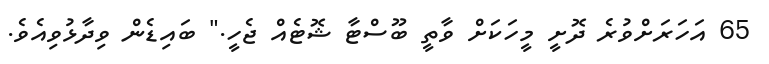
65 އަހަރަށްވުރެ ދޮށީ މީހަކަށް ވާތީ ބޫސްޓާ ޝޮޓެއް ޖެހީ." ބައިޑެން ވިދާޅުވިއެވެ.